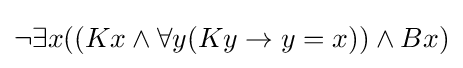
\lnot \exists x((Kx\land \forall y(Ky\rightarrow y=x))\land Bx)